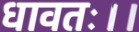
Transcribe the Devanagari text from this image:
धावतः।।